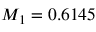
M _ { 1 } = 0 . 6 1 4 5